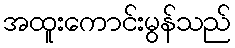
အထူးကောင်းမွန်သည်